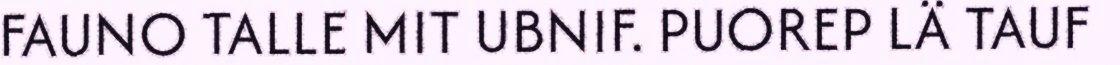
FAUNO TALLE MIT UBNIF. PUOREP LÄ TAUF